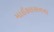
માઈકલસનના